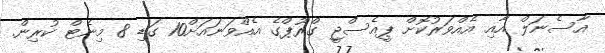
އާސެނަލް އާއި އެއްވަރުކޮށް ޕީއެސްޖީ ގްރޫޕްގެ އެއްވަނައަށް10 ގަޑި 8 މިނެޓް ކުރިން.